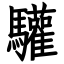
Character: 驩